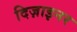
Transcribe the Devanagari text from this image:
दिज़ाइनर